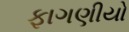
ફાગણીયો